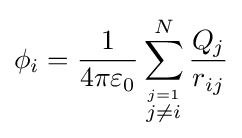
\phi _{i}={\frac {1}{4\pi \varepsilon _{0}}}\sum _{\stackrel {j=1}{j\neq i}}^{N}{\frac {Q_{j}}{r_{ij}}}